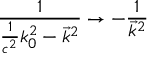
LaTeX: \frac 1 { \frac 1 { c ^ { 2 } } k _ { 0 } ^ { 2 } - { \vec { k } } ^ { 2 } } \rightarrow - \frac 1 { \vec { k } ^ { 2 } }